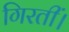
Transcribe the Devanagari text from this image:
गिरतीं।